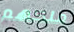
ملكهم